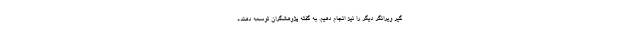
گیر ویرانگر دیگر را نیز انجام دهیم. به گفته پژوهشگران توسعه دهنده